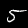
Label: 5